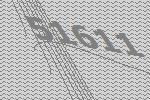
51611